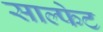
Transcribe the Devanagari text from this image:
साल्फेट